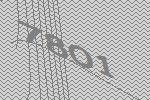
7801